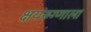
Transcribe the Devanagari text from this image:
क्षयरूग्णाला